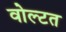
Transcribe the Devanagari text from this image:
वोल्टत